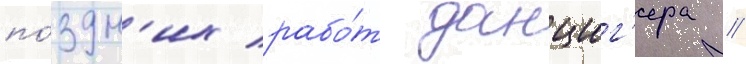
по́здн'их рабо́т данциг'ера //